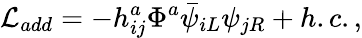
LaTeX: {\cal L}_{add}=-h_{ij}^{a}\Phi^{a}\bar{\psi}_{iL}\psi_{jR}+h.c.,